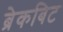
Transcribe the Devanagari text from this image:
ब्रेकबिट